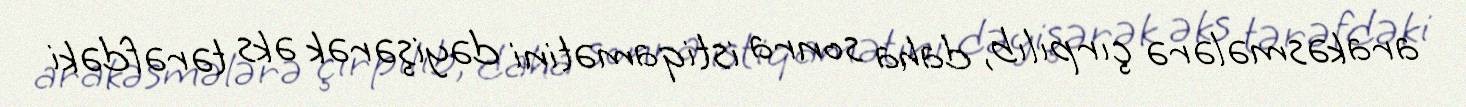
arakəsmələrə çırpılıb, daha sonra istiqamətini dəyişərək əks tərəfdəki